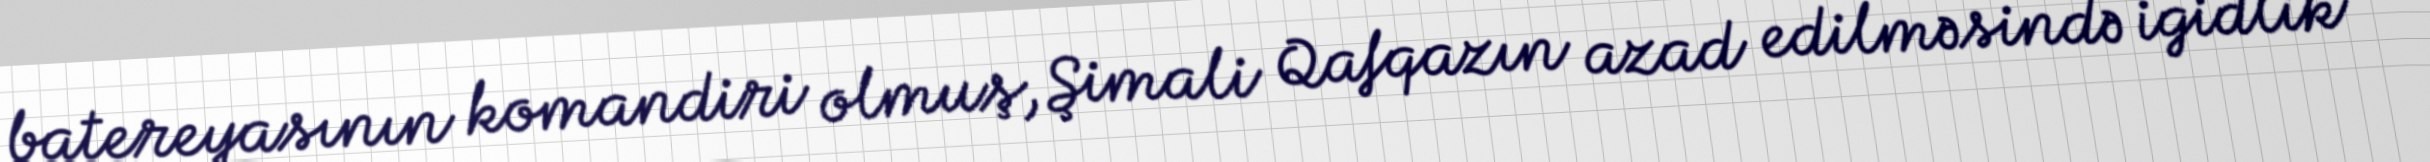
batereyasının komandiri olmuş, Şimali Qafqazın azad edilməsində igidlik